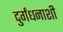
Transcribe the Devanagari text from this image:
दुर्गंधनाशी